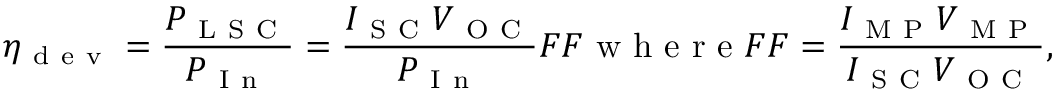
\eta _ { \mathrm { ~ d ~ e ~ v ~ } } = \frac { P _ { \mathrm { ~ L ~ S ~ C ~ } } } { P _ { \mathrm { ~ I ~ n ~ } } } = \frac { I _ { \mathrm { ~ S ~ C ~ } } V _ { \mathrm { ~ O ~ C ~ } } } { P _ { \mathrm { ~ I ~ n ~ } } } F F \mathrm { ~ w ~ h ~ e ~ r ~ e ~ } F F = \frac { I _ { \mathrm { ~ M ~ P ~ } } V _ { \mathrm { ~ M ~ P ~ } } } { I _ { \mathrm { ~ S ~ C ~ } } V _ { \mathrm { ~ O ~ C ~ } } } ,